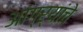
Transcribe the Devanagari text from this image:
आंग्र्यांचे